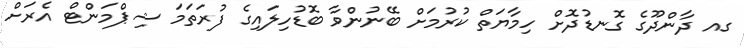
ގއ ދާންދޫގެ ގޮނޑުދޮށް ހިމާޔަތް ކުރުމަށް ބޭނުންވާ ބޮޑުހިލައިގެ ފުރަތަމަ ޝިޕްމަންޓް އެރަށް